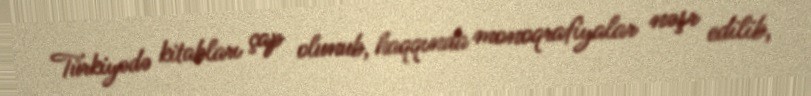
Türkiyədə kitabları çap olunub, haqqında monoqrafiyalar nəşr edilib,